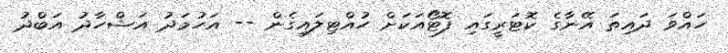
ހައްވަ ދައިތަ އޭނާގެ ކޮޓަރީގައި ފޮޓޯއަކަށް ހުއްޓިލައިގެން -- އަހުމަދު އަޝްހާދު އަބްދު